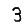
Digit: 3